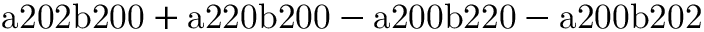
\mathrm { a 2 0 2 b 2 0 0 + a 2 2 0 b 2 0 0 - a 2 0 0 b 2 2 0 - a 2 0 0 b 2 0 2 }